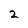
Character: 2